Burma Government Medical School reports 1907-22
Year: 1907
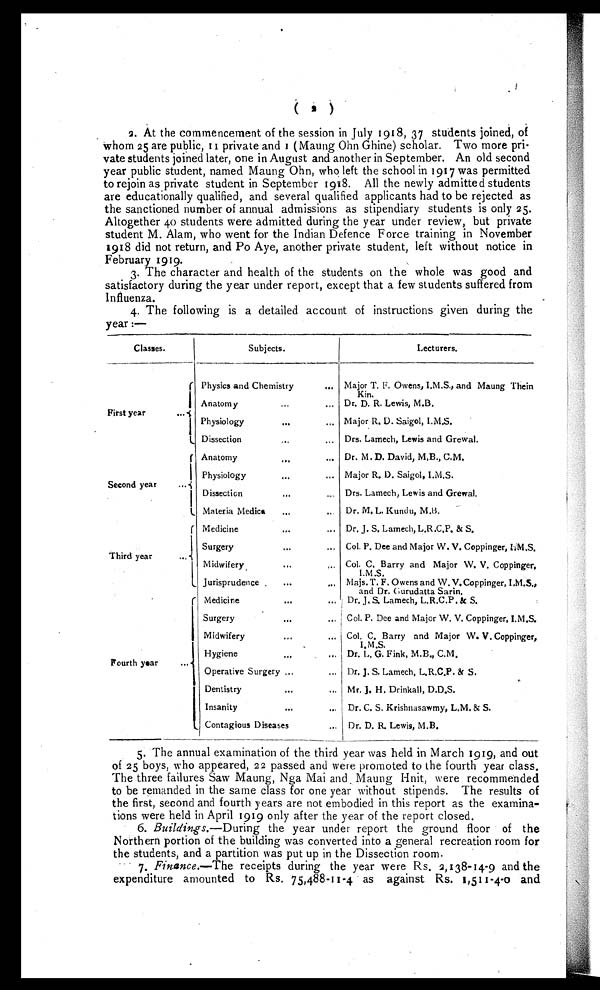
2. At the commencement of the session in July 1918, 37 students joined, of
Whom 25 are public, II private and I (Maung Ohn Ghine) scholar. Two more pri
- v a t e s t u d e n t s j o i n e d l a t e r , o n e i n A u g u s t a n d a n o t h e r i n S e p t e m b e r . A n o l d s e c o n d
year public student, named Maung Ohn, who left the school in 1917 was permitted
to rejoin as private student in September 1918. All the newly admitted students
are educationally qualified, and several qualified applicants had to be rejected as
the sanctioned number of annual admissions as stipendiary students is only 25.
Altogether 40 students were admitted during the year under review, but private
student M. Alam, who went for the Indian Defence Force training in November
1918 did not return, and Po Aye, another private student, left without notice in
February 1919.
3. The character and health of the students on the whole was good and
satisfactory during the year under report, except that a few students suffered from
Influenza.
4. The following is a detailed account of instructions given during the
year:—
Classes.
Subjects.
Lecturers.
First year . . .
Physics and Chemistry . . .
Major T. F. Owens, I.M.S., and Maung Thein
K i n .
Anatomy . . .
D r . D . R . L e w i s , M . B .
Physiology . . .
Major R. D. Saigol, I.M.S.
Dissection . . .
Drs. Lamech, Lewis and Grewal.
Second year . . .
Anatomy . . .
Dr. M. D. David, M.B., C.M.
Physiology . . .
Major R. D. Saigol, I.M.S.
Dissection . . .
Drs. Lamech, Lewis and Grewal.
Materia Medica . . .
Dr. M. L. Kundu, M.B.
Third year . . .
Medicine . . .
Dr. J. S. Lamech, L.R.C.P. & S.
Surgery . . .
Col. P. Dee and Major W. V. Coppinger, I.M.S.
Midwifery . . .
Col. C. Barry and Major W. V. Coppinger,
I. M .S.
Jurisprudence . . .
Majs. T. F. Owens and W. V. Coppinger, I.M.S.,
and Dr. Gurudatta Sarin.
F o u r t h y e a r . . .
Medicine . . .
Dr. J. S. Lamech, L.R.C.P. & S.
Surgery . . .
Col. P. Dee and Major W. V. Coppinger, I.M.S.
Midwifery . . .
Col. C. Barry and Major W. V. Coppinger,
I.M.S.
Hygiene . . .
Dr. L. G. Fink, M.B., C.M.
Operative Surgery . . .
Dr. J . S. Lamech, L.R.C.P. & S.
Dentistry . . .
Mr. J . H. Drinkall, D.D.S.
I n s a n i t y . . .
Dr. C. S. Krishnasawmy, L.M. & S.
Contagious Diseases . . .
Dr. D. R. Lewis, M.B.
5 . T h e a n n u a l e x a m i n a t i o n o f t h e t h i r d y e a r w a s h e l d i n M a r c h 1 9 1 9 , a n d o u t
of 25 boys, who appeared, 22 passed and were promoted to the fourth year class.
The three failures Saw Maung, Nga Mai and Maung Hnit, were recommended
to be remanded in the same class for one year without stipends. The results of
the first, second and fourth years are not embodied in this report as the examina-
tions were held in April 1919 only after the year of the report closed.
6 .
B u i l d i n g s . —
D u r i n g
t h e y e a r u n d e r r e p o r t t h e g r o u n d f l o o r o f
t h e N o r t h e r n p o r t i o n o f t h e b u i l d i n g w a s c o n v e r t e d i n t o a g e n e r a l r e c r e a t i o n r o o m f o r
the students, and a partition was put up in the Dissection room.
7. Finance.—The receipts during the year were Rs. 2,138-14-9 and the
expenditure amounted to Rs. 75,488-II-4 as against Rs. 1,511-4-0 and